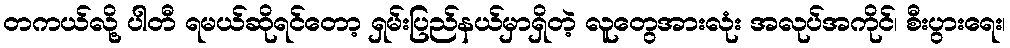
တကယ်လို့ ပါတီ ရမယ်ဆိုရင်တော့ ရှမ်းပြည်နယ်မှာရှိတဲ့ လူတွေအားလုံး အလုပ်အကိုင်၊ စီးပွားရေး၊